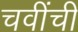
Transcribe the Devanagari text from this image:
चवींची